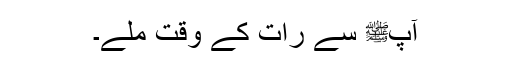
آپﷺ سے رات کے وقت ملے۔